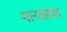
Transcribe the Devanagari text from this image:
मानवावाद